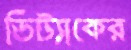
ডিট্যাকের